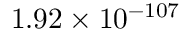
1 . 9 2 \times 1 0 ^ { - 1 0 7 }